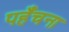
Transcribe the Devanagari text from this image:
पहँचना